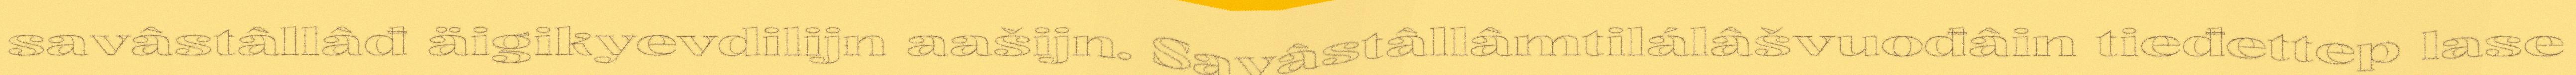
savâstâllâđ äigikyevdilijn aašijn. Savâstâllâmtilálâšvuođâin tieđettep lase